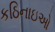
કઠિનાઇઓ